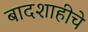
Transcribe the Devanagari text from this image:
बादशाहीचे